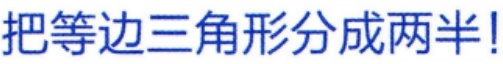
把等边三角形分成两半!